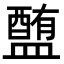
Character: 𥂹